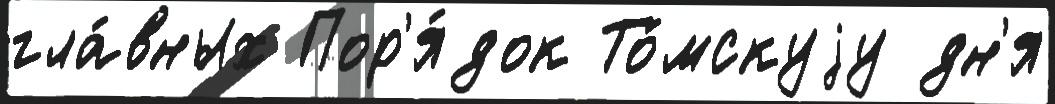
гла́вных Пор'я́док То́мскуjу дн'я